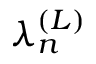
\lambda _ { n } ^ { ( L ) }